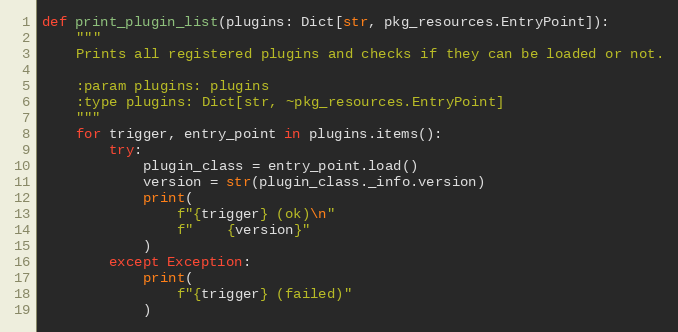
Language: Python
def print_plugin_list(plugins: Dict[str, pkg_resources.EntryPoint]):
    """
    Prints all registered plugins and checks if they can be loaded or not.

    :param plugins: plugins
    :type plugins: Dict[str, ~pkg_resources.EntryPoint]
    """
    for trigger, entry_point in plugins.items():
        try:
            plugin_class = entry_point.load()
            version = str(plugin_class._info.version)
            print(
                f"{trigger} (ok)\n"
                f"    {version}"
            )
        except Exception:
            print(
                f"{trigger} (failed)"
            )